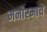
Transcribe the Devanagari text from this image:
मनोरमाचे